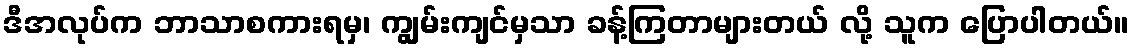
ဒီအလုပ်က ဘာသာစကားရမှ၊ ကျွမ်းကျင်မှသာ ခန့်ကြတာများတယ် လို့ သူက ပြောပါတယ်။